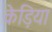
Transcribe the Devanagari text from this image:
केड़िया